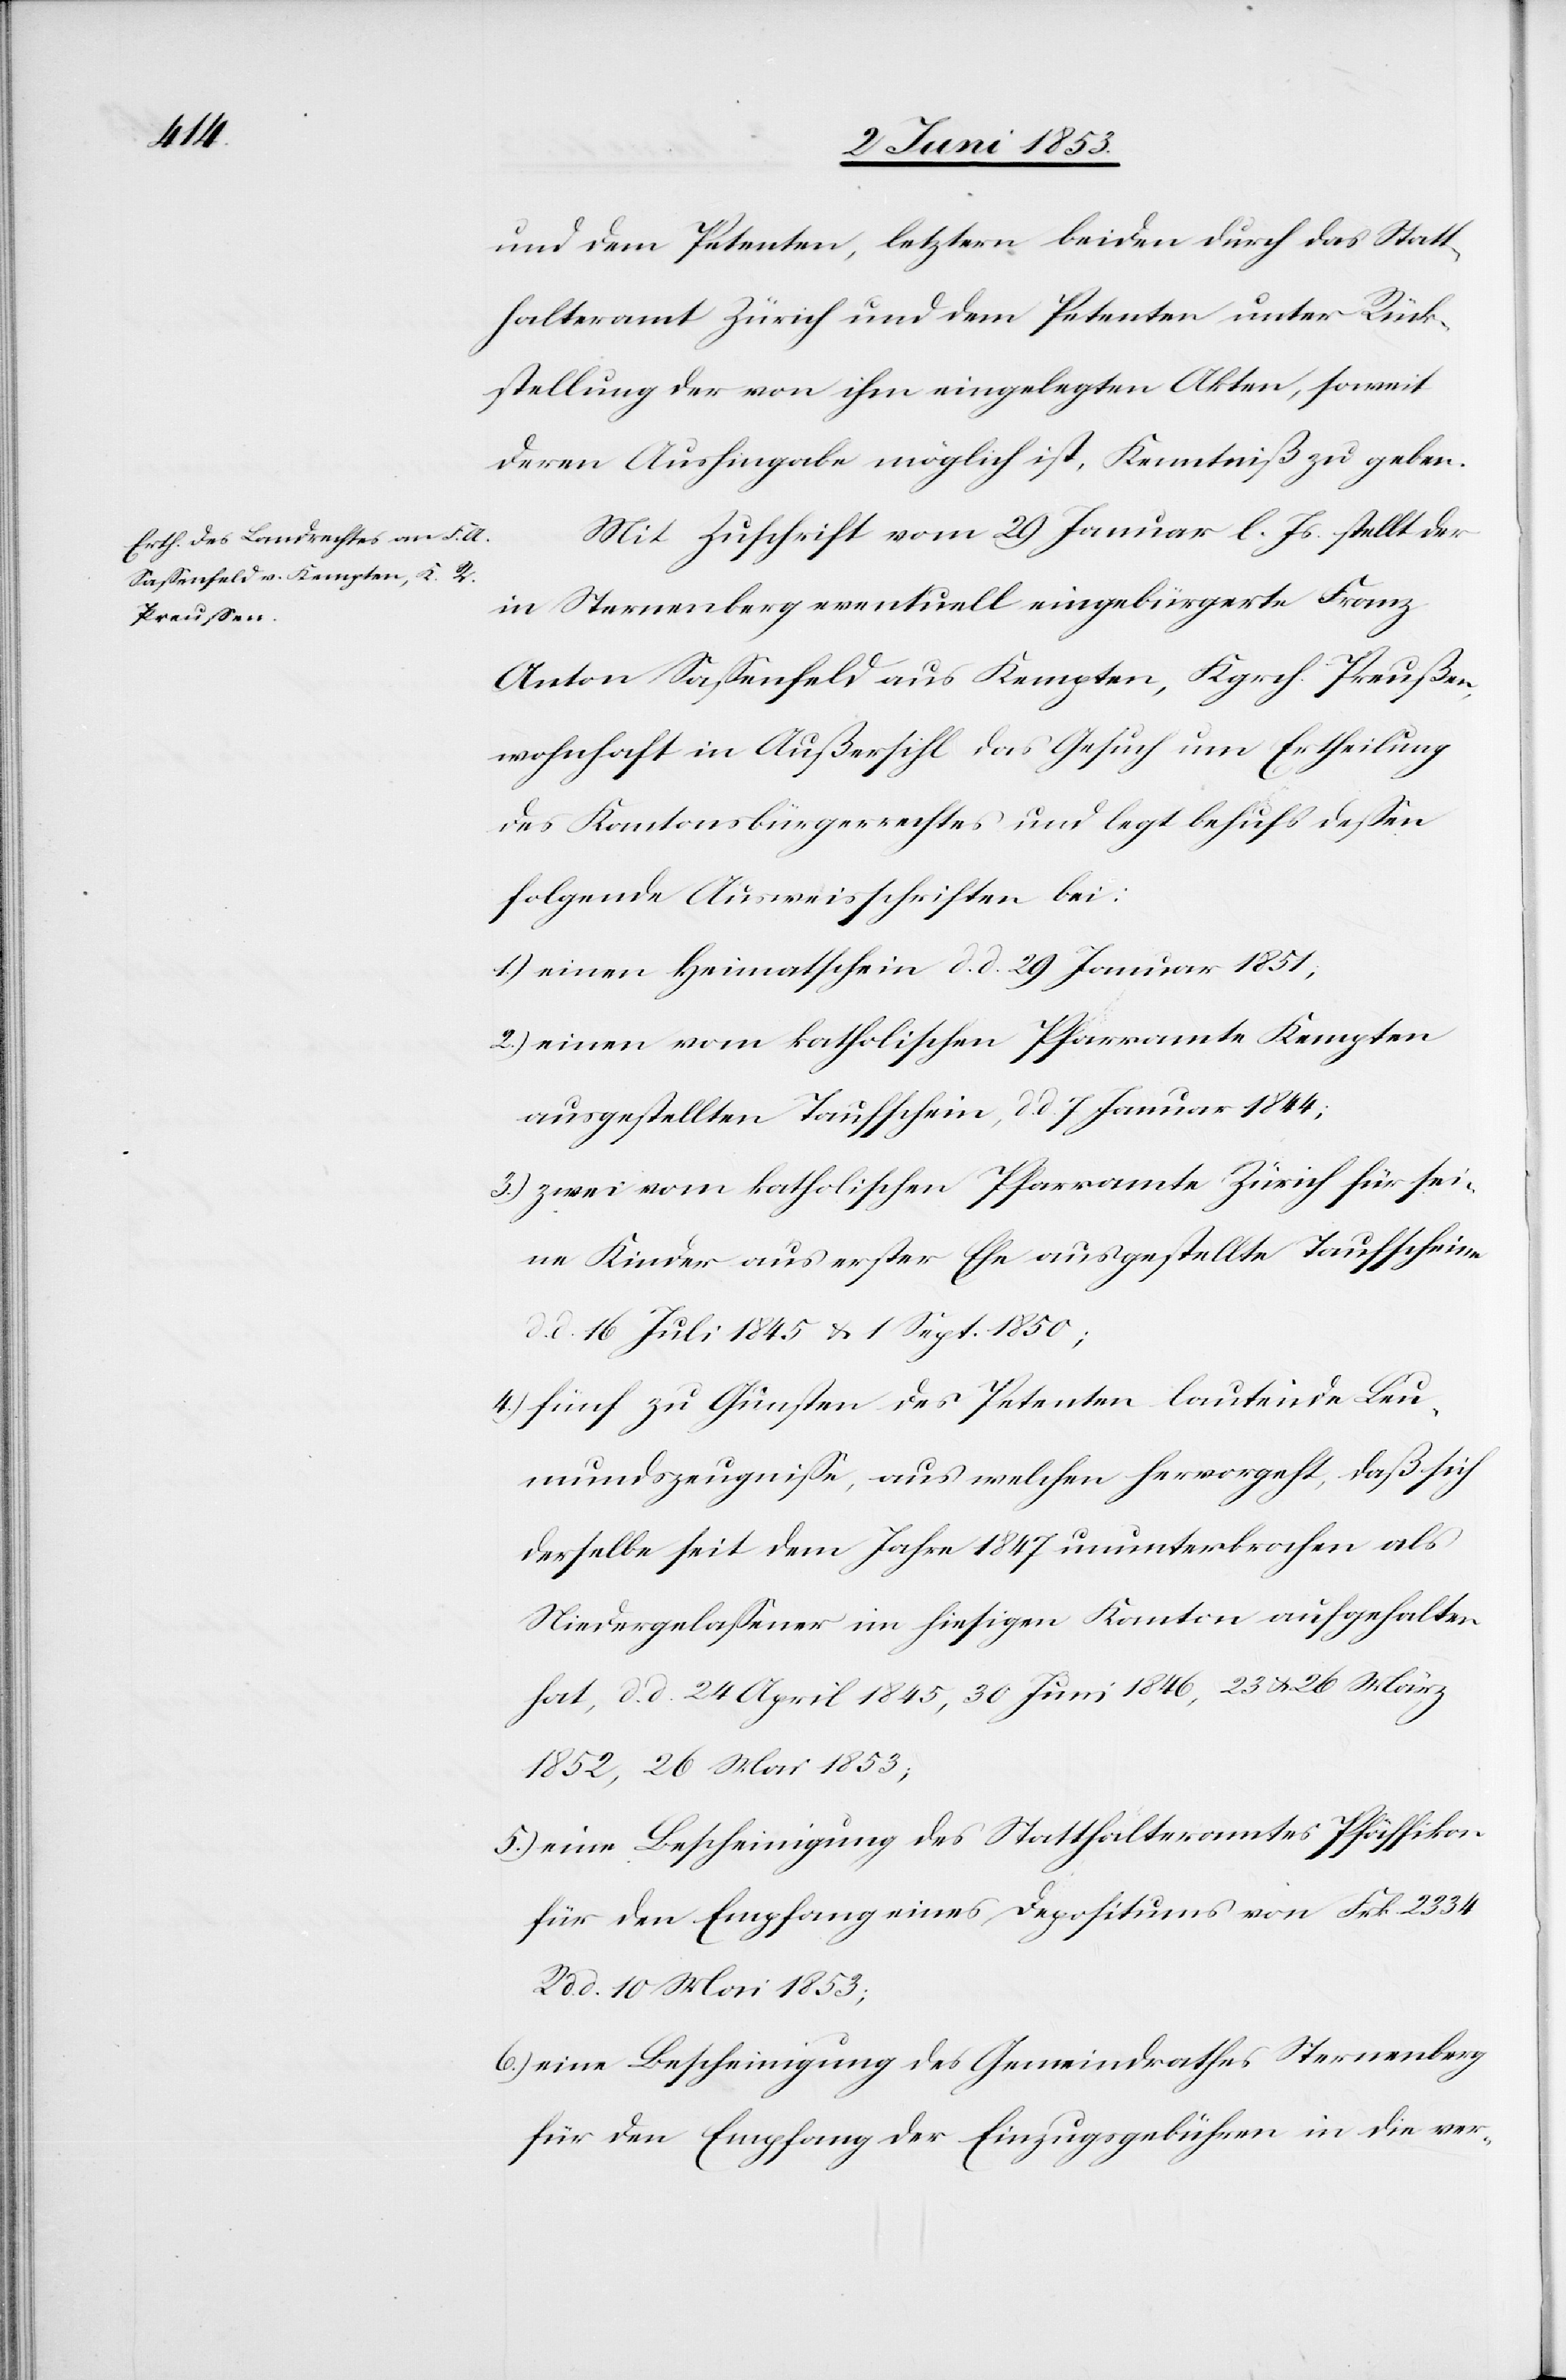
und dem Petenten, letztern beiden durch das Statt¬
halteramt Zürich und dem Petenten unter Rück¬
stellung der von ihm eingelegten Akten, soweit
deren Aushingabe möglich ist, Kenntniß zu geben.
Mit Zuschrift vom 29 Januar l. Js. stellt der
in Sternenberg eventuell eingebürgerte Franz
Anton Saßenfeld aus Kempten, Kgrch. Preußen,
wohnhaft in Außersihl das Gesuch um Ertheilung
des Kantonsbürgerrechtes und legt behufs deßen
folgende Ausweisschriften bei:
1.) einen Heimatschein d. d. 29 Januar 1851,
2.) einen vom katholischen Pfarramte Kempten
ausgestellten Taufschein, d. d. 7 Januar 1844;
3.) zwei vom katholischen Pfarramte Zürich für sei¬
ne Kinder aus erster Ehe ausgestellte Taufscheine
d. 16 Juli 1845 u. 1 Sept. 1850;
4.) fünf zu Gunsten des Petenten lautende Leu¬
mundszeugniße, aus welchen hervorgeht, daß sich
derselbe seit dem Jahre 1847 ununterbrochen als
Niedergelaßener im hiesigen Kanton aufgehalten
hat, d. d. 24 April 1845, 30 Juni 1846, 23 u. 26 März
1852, 26 Mai 1853;
5.) eine Bescheinigung des Statthalteramtes Pfäffikon
für den Empfang eines Depositums von Frk. 2334
d. d. 10 Mai 1853;
6.) eine Bescheinigung des Gemeindrathes Sternenberg
für den Empfang der Einzugsgebühren in die ver-